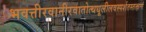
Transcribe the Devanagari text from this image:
भवत्तीरवानीरवातोत्थधूलीलवस्पर्शतस्तत्क्षणं